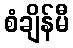
စံချိန်မီ